Scottish Certificate of Education, 1963
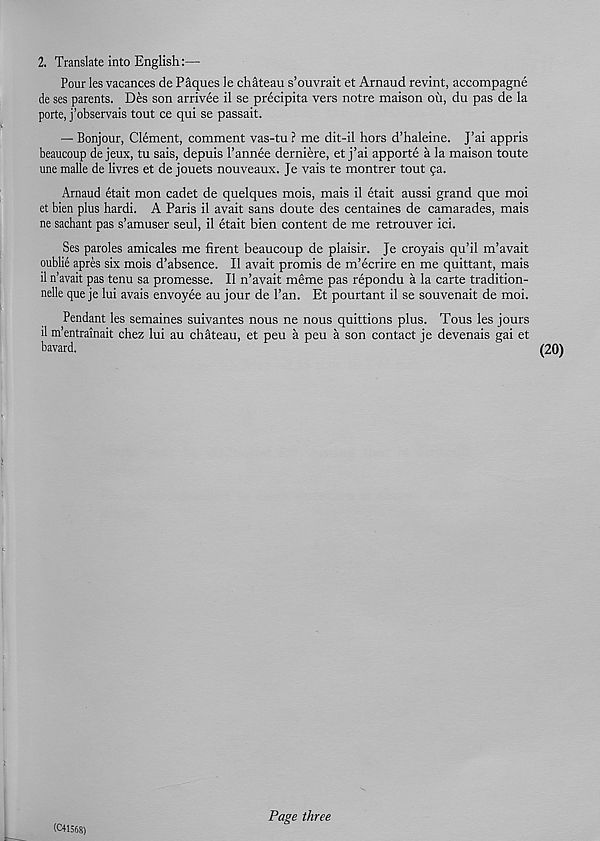
2. Translate into English:—
Pour les vacances de Paques le chateau s’ouvrait et Arnaud revint, accompagne
de ses parents. Des son arrivee il se precipita vers notre maison oil, du pas de la
porte, j’observais tout ce qui se passait.
— Bonjour, Clement, comment vas-tu ? me dit-il hors d’haleine. J’ai appris
beaucoup de jeux, tu sais, depuis 1’annee derniere, et j’ai apporte a la maison toute
une malle de livres et de jouets nouveaux. Je vais te montrer tout ga.
Arnaud etait mon cadet de quelques mois, mais il etait aussi grand que moi
et bien plus hardi. A Paris il avait sans doute des centaines de camarades, mais
ne sachant pas s’amuser seul, il etait bien content de me retrouver ici.
Ses paroles amicales me firent beaucoup de plaisir. Je croyais qu’il m’avait
oublie apres six mois d’absence. Il avait promis de m’ecrire en me quittant, mais
il n’avait pas tenu sa promesse. Il n’avait meme pas repondu a la carte tradition-
nelle que je lui avais envoyee au jour de 1’an. Et pourtant il se souvenait de moi.
Pendant les semaines suivantes nous ne nous quittions plus. Tous les jours
il m’entrainait chez lui au chateau, et peu a peu a son contact je devenais gai et
bavard.
(C41568)
(20)
Page three